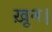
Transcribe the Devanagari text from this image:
ख़ून।